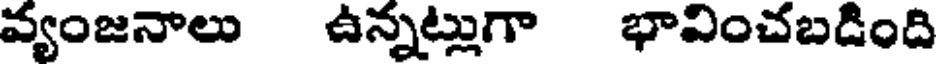
వ్యంజనాలు ఉన్నట్లుగా భావించబడింది